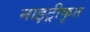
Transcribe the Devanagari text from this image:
नाइट्रीकृत